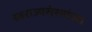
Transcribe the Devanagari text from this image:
स्वराज्यसंस्थांच्या